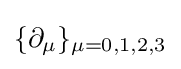
\{\partial _{\mu }\}_{\mu =0,1,2,3}